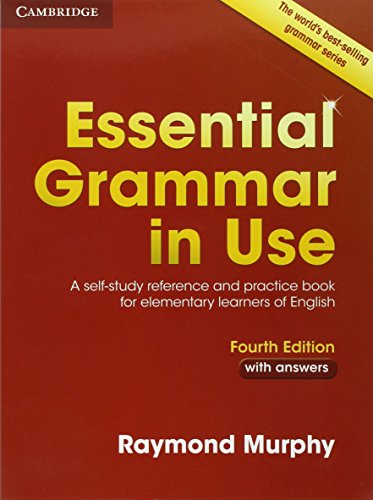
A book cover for Essential Grammar in Use with Answers: A Self-Study Reference and Practice Book for Elementary Learners of English; Raymond Murphy; Reference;